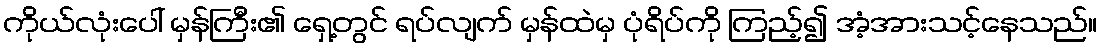
ကိုယ်လုံးပေါ် မှန်ကြီး၏ ရှေ့တွင် ရပ်လျက် မှန်ထဲမှ ပုံရိပ်ကို ကြည့်၍ အံ့အားသင့်နေသည်။